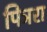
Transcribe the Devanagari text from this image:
पिञरा